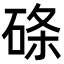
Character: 𥓃